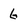
Character: 6